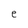
Character: e